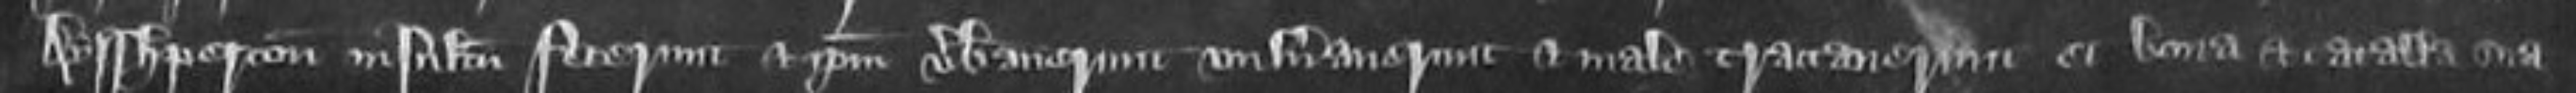
Ayshperton insultum fecerunt et ipsum verberaverunt vulneraverunt et maletractaverunt et bona et catalla sua